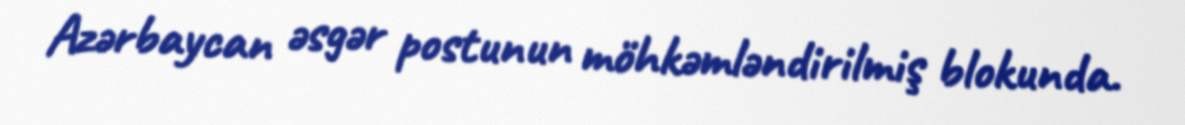
Azərbaycan əsgər postunun möhkəmləndirilmiş blokunda.